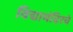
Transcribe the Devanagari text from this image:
विद्यामंदिरचे